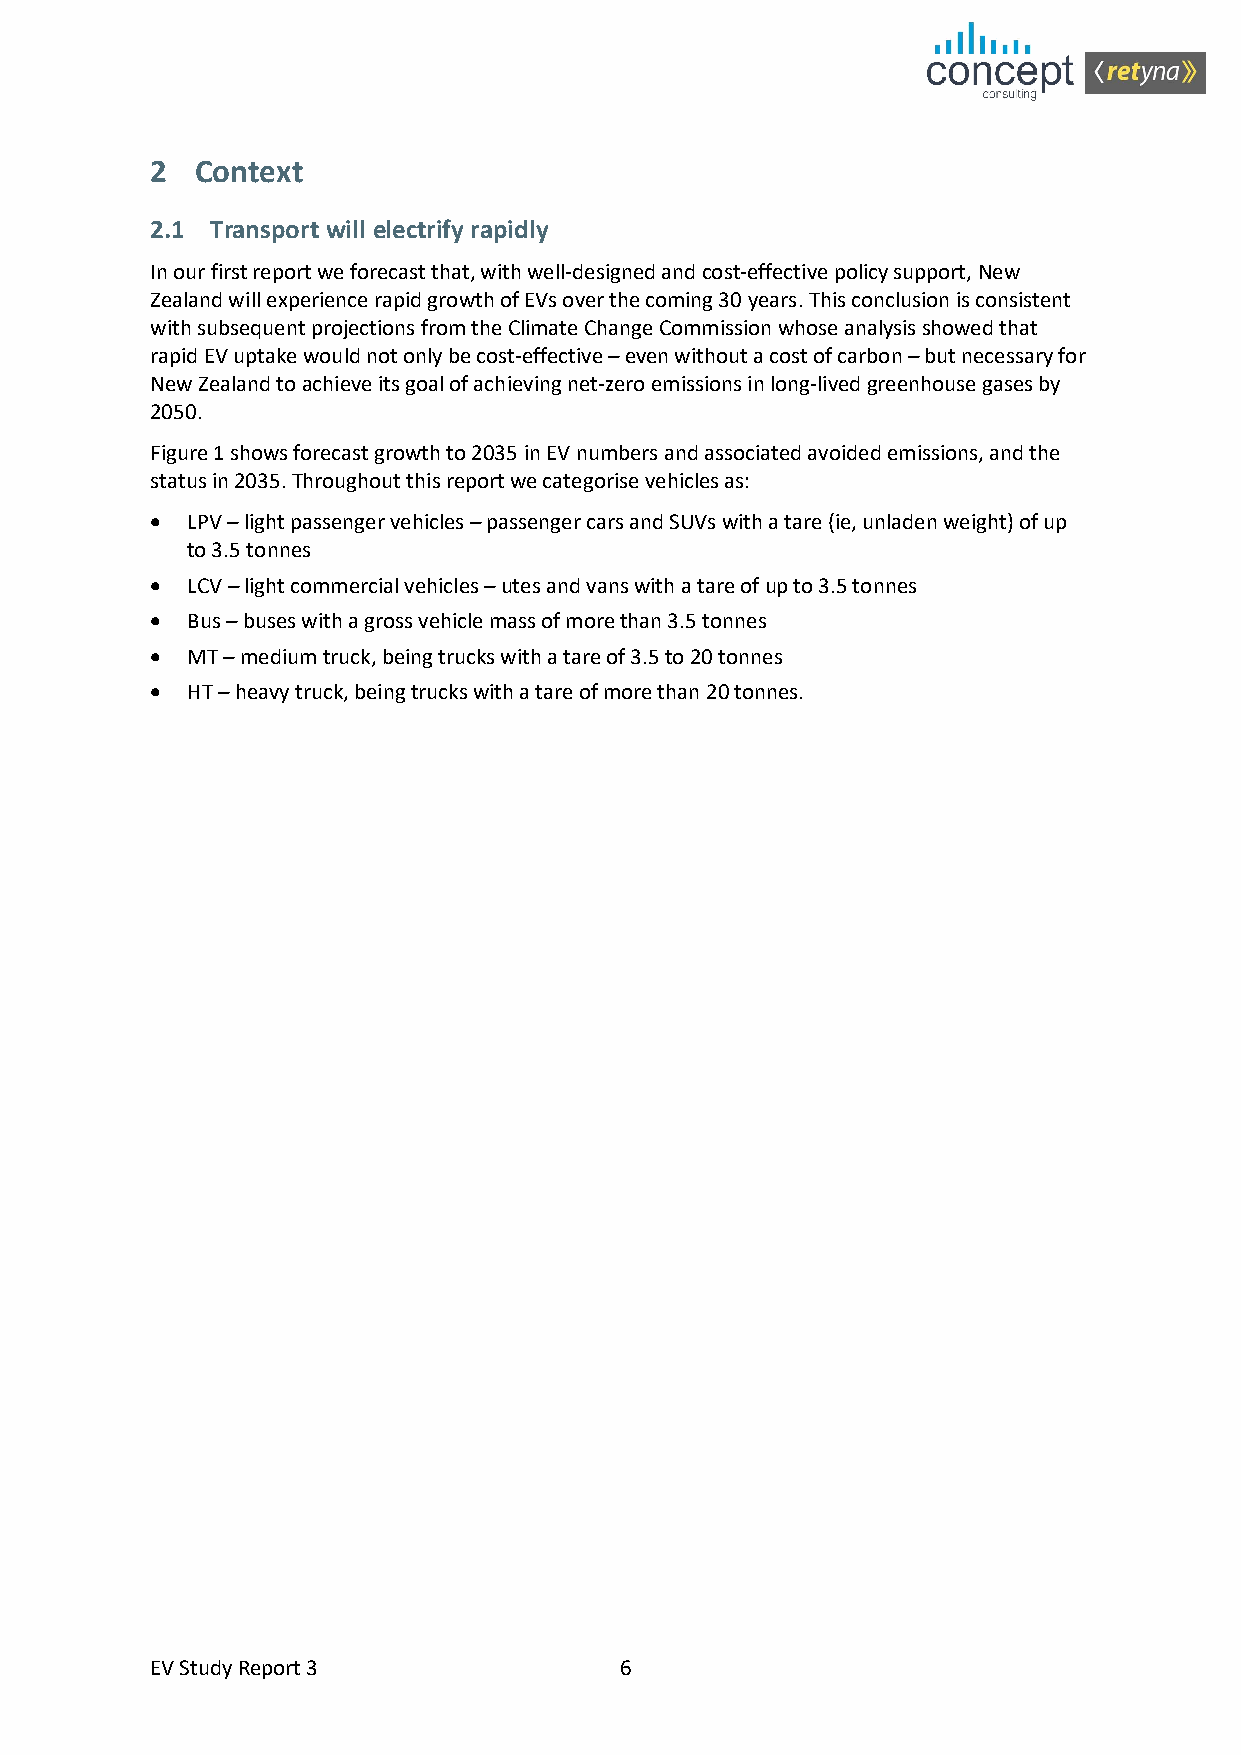
2  Context
 2.1 Transport will electrify rapidly
 In our first report we forecast that, with well-designed and cost-effective policy support, New
 Zealand will experience rapid growth of EVs over the coming 30 years. This conclusion is consistent
 with subsequent projections from the Climate Change Commission whose analysis showed that
 rapid EV uptake would not only be cost-effective – even without a cost of carbon – but necessary for
 New Zealand to achieve its goal of achieving net-zero emissions in long-lived greenhouse gases by
 2050.
 Figure 1 shows forecast growth to 2035 in EV numbers and associated avoided emissions, and the
 status in 2035. Throughout this report we categorise vehicles as:
 • LPV – light passenger vehicles – passenger cars and SUVs with a tare (ie, unladen weight) of up
 to 3.5 tonnes
 • LCV – light commercial vehicles – utes and vans with a tare of up to 3.5 tonnes
 • Bus – buses with a gross vehicle mass of more than 3.5 tonnes
 • MT – medium truck, being trucks with a tare of 3.5 to 20 tonnes
 • HT – heavy truck, being trucks with a tare of more than 20 tonnes.
 EV Study Report 3              6